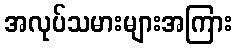
အလုပ်သမားများအကြား